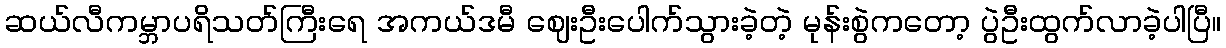
ဆယ်လီကမ္ဘာပရိသတ်ကြီးရေ အကယ်ဒမီ ဈေးဦးပေါက်သွားခဲ့တဲ့ မုန်းစွဲကတော့ ပွဲဦးထွက်လာခဲ့ပါပြီ။